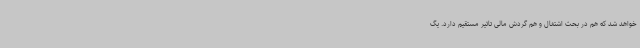
خواهد شد که هم در بحث اشتغال و هم گردش مالی تاثیر مستقیم دارد. یگ